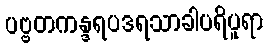
ပဗ္ဗတကန္ဒရပဒရသာခါပရိပူရာ